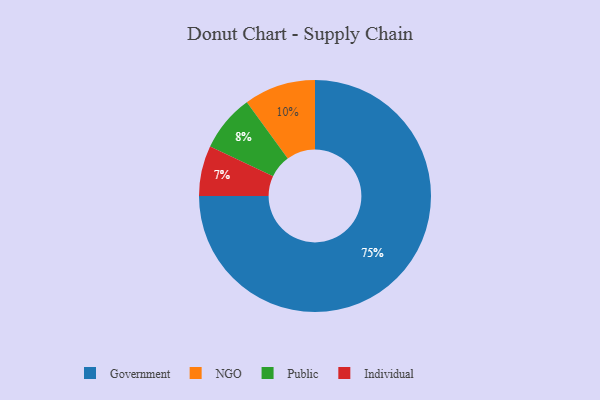
{"axis": {"x": "Category", "y": "Percentage"}, "legend": ["Government", "Individual", "NGO", "Public"], "data": [{"x": "Individual", "y": 7, "type": "Individual"}, {"x": "Public", "y": 8, "type": "Public"}, {"x": "NGO", "y": 10, "type": "NGO"}, {"x": "Government", "y": 75, "type": "Government"}]}